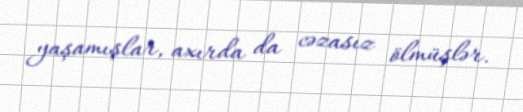
yaşamışlar, axırda da cəzasız ölmüşlər.